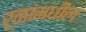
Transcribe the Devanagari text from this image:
रूळांमधील